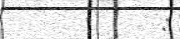
: